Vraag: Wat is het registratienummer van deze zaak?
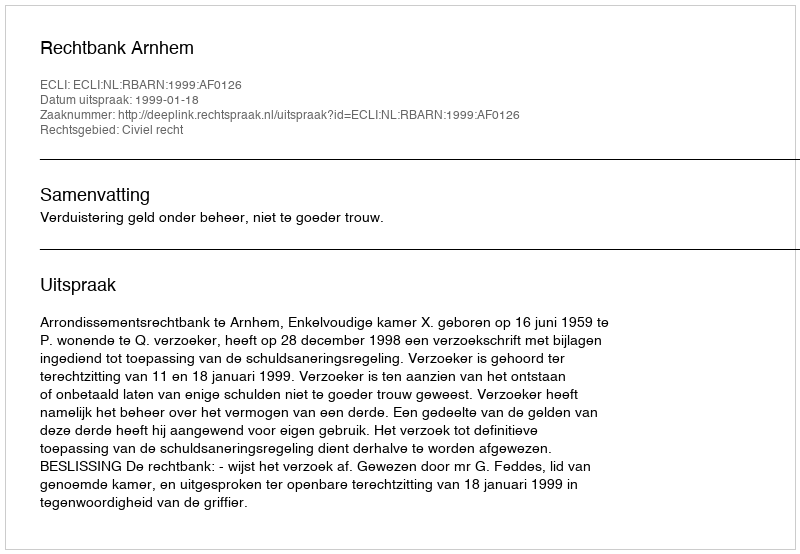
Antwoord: http://deeplink.rechtspraak.nl/uitspraak?id=ECLI:NL:RBARN:1999:AF0126